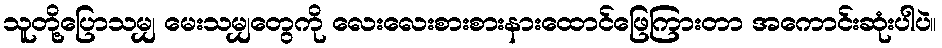
သူတို့ပြောသမျှ မေးသမျှတွေကို လေးလေးစားစားနားထောင်ဖြေကြားတာ အကောင်းဆုံးပါပဲ။